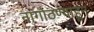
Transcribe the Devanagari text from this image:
नागोठण्याहून